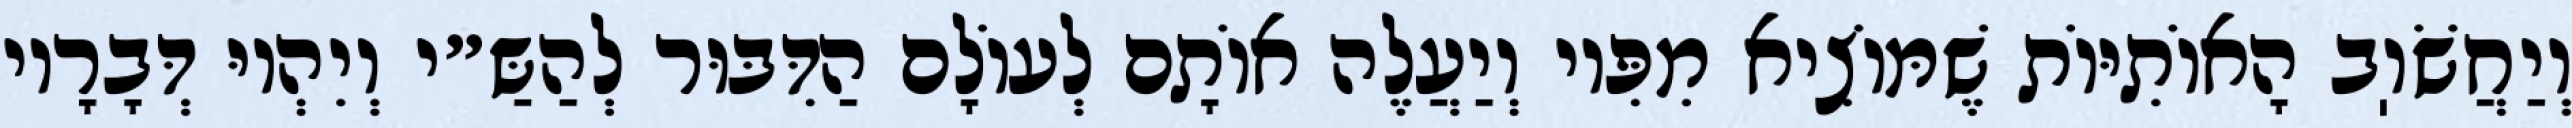
וְיַחֲשֹׁוֽב הָאוֹתִיּוֹת שֶׁמּוֹצִיא מִפִּיו וְיַעֲלֶה אוֹתָם לְעוֹלָם הַדִּבּוּר לְהַשַּ״י וְיִהְיוּ דְּבָרָיו